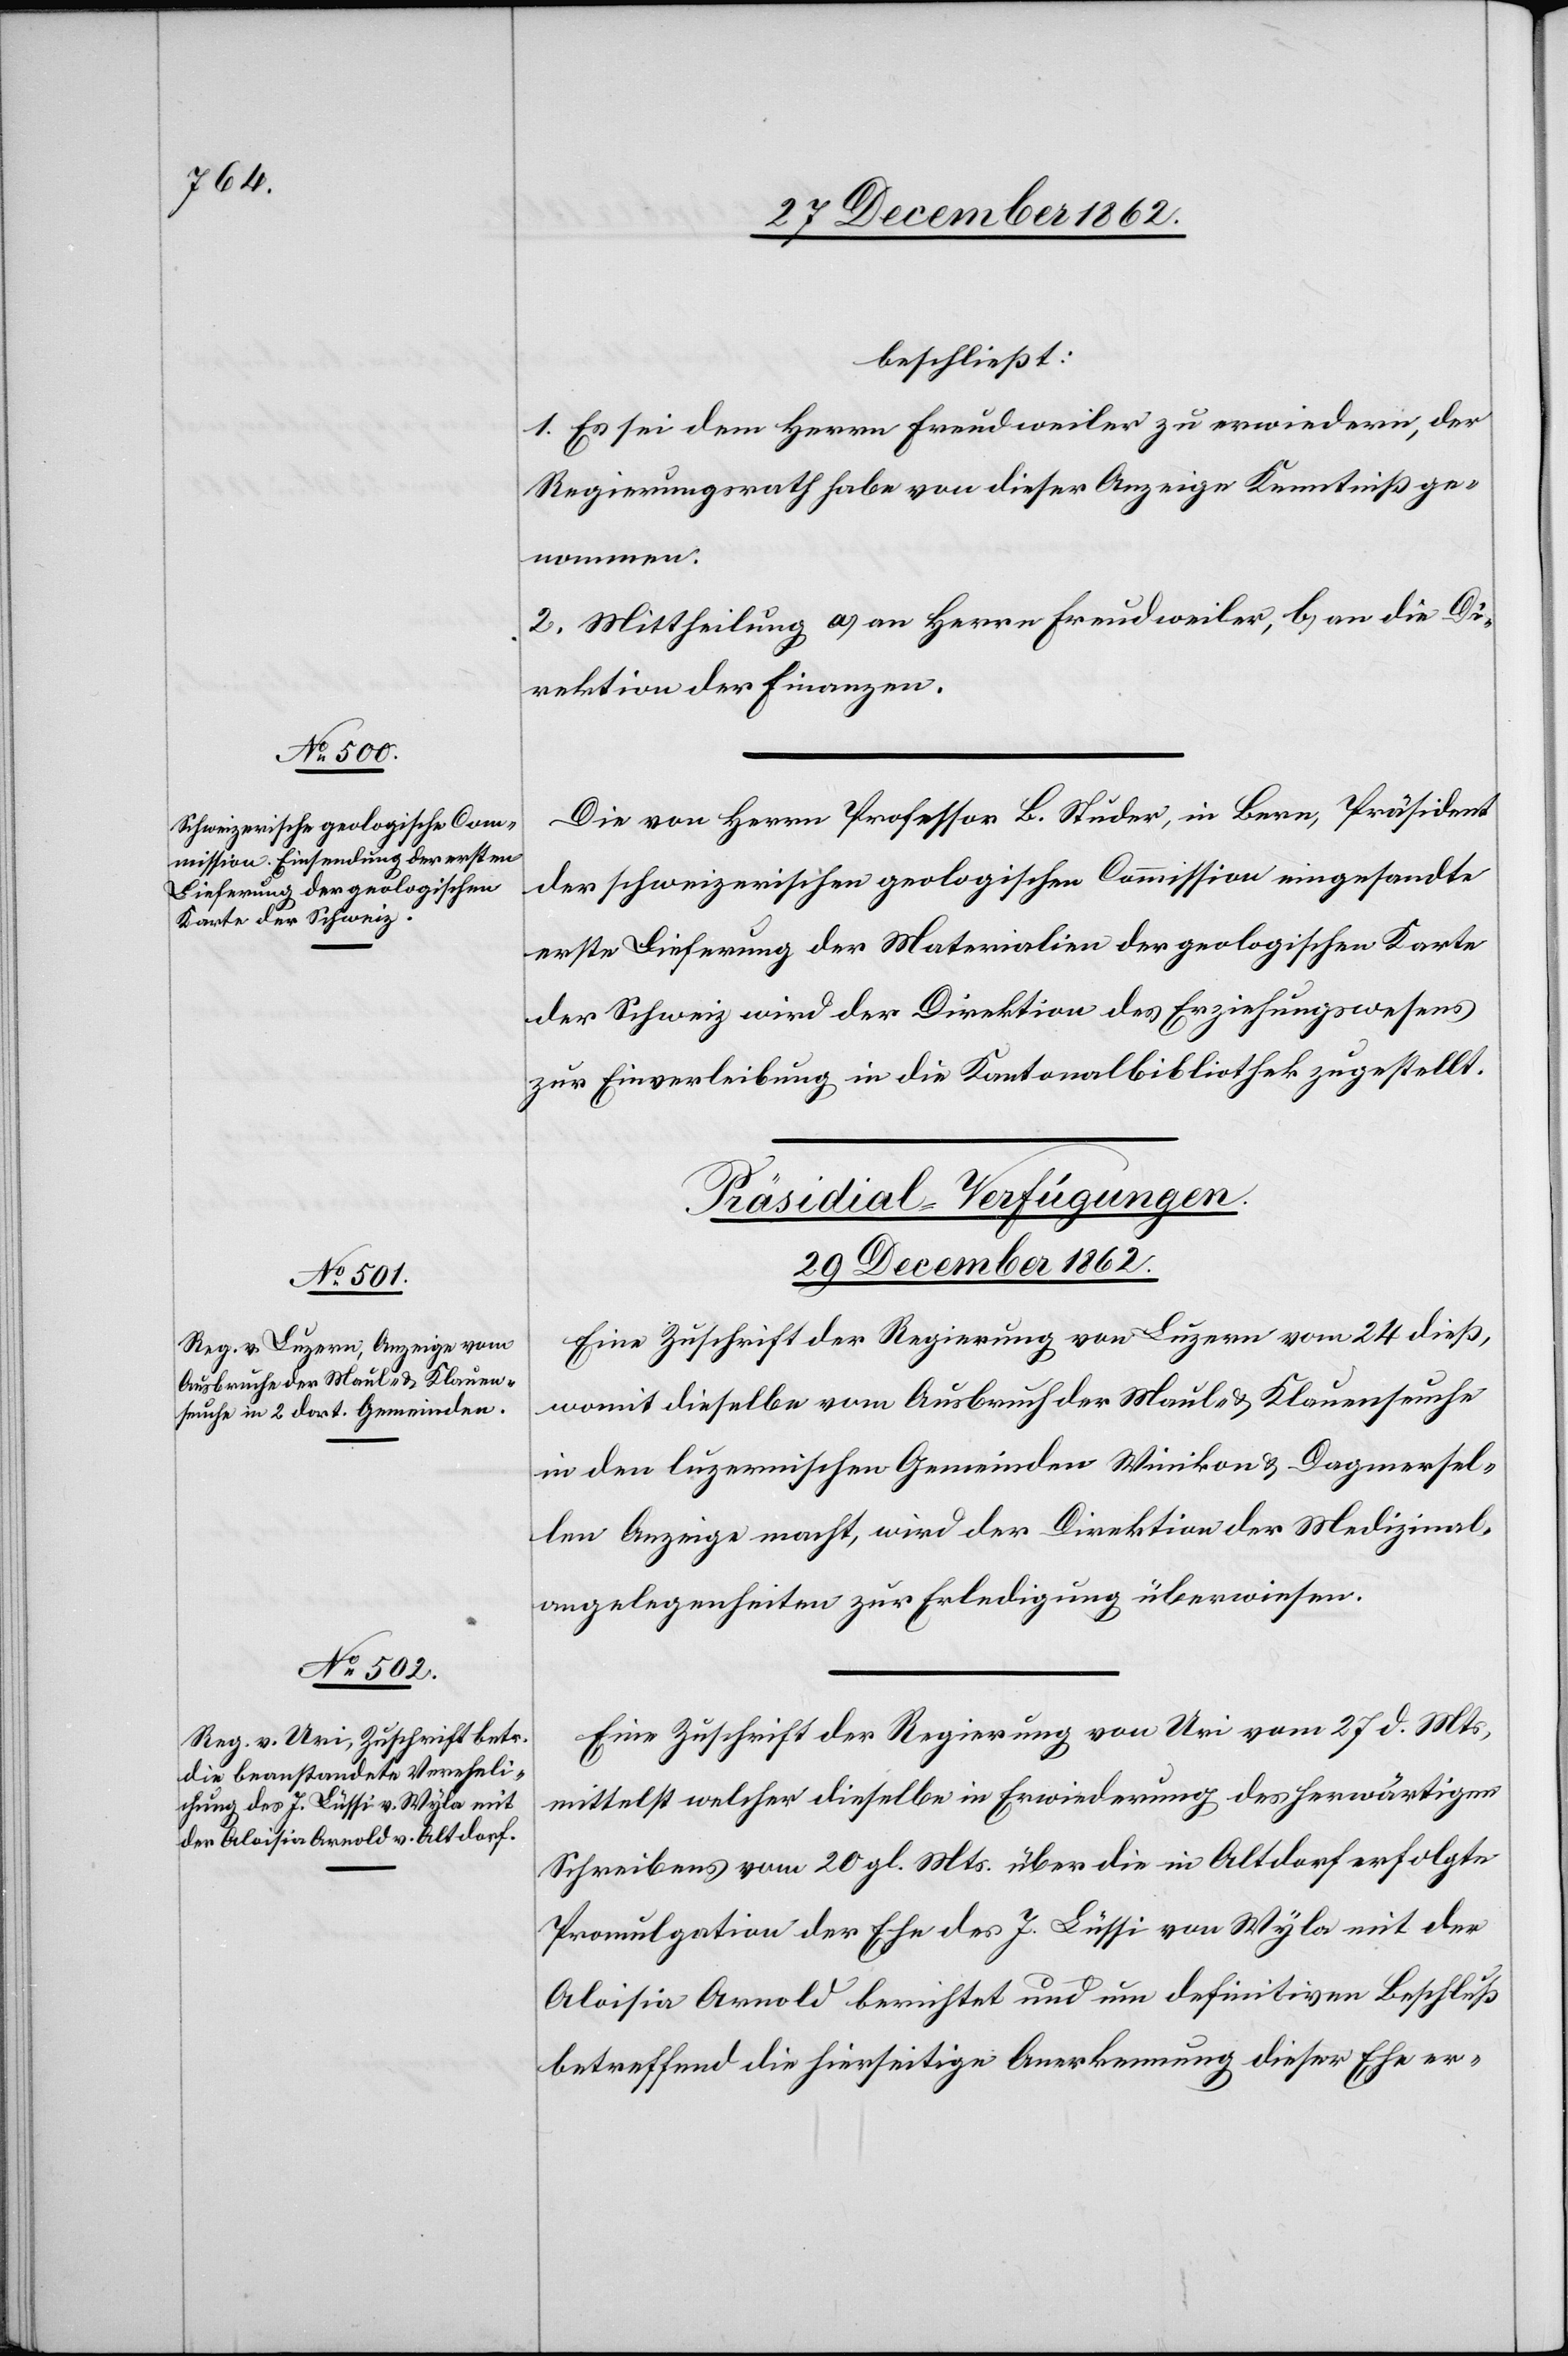
beschließt:
1. Es sei dem Herrn Freudweiler zu erwiedern, der
Regierungsrath habe von dieser Anzeige Kenntniß ge¬
nommen.
2. Mittheilung a) an Herrn Freudweiler, b) an die Di¬
rektion der Finanzen.
Die von Herrn Professor B. Studer, in Bern, Präsident
der schweizerischen geologischen Commission eingesandte
erste Lieferung der Materialien der geologischen Karte
der Schweiz wird der Direktion des Erziehungswesens
zur Einverleibung in die Kantonalbibliothek zugestellt.
[Präsidial-Verfügungen.
29. December 1862.]
Eine Zuschrift der Regierung von Luzern vom 24. dieß,
womit dieselbe vom Ausbruch der Maul. u. Klauenseuche
in den luzernischen Gemeinden Winikon u. Dagmersel¬
len Anzeige macht, wird der Direktion der Medizinal¬
angelegenheiten zur Erledigung überwiesen.
Eine Zuschrift der Regierung von Uri vom 27. d. Mts,
mittelst welcher dieselbe in Erwiederung des herwärtigen
Schreibens vom 20. gl. Mts. über die in Altdorf erfolgte
Promulgation der Ehe des J. Lüssi von Wyla mit der
Aloisia Arnold berichtet und um definitiven Beschluß
betreffend die hierseitige Anerkennung dieser Ehe er-